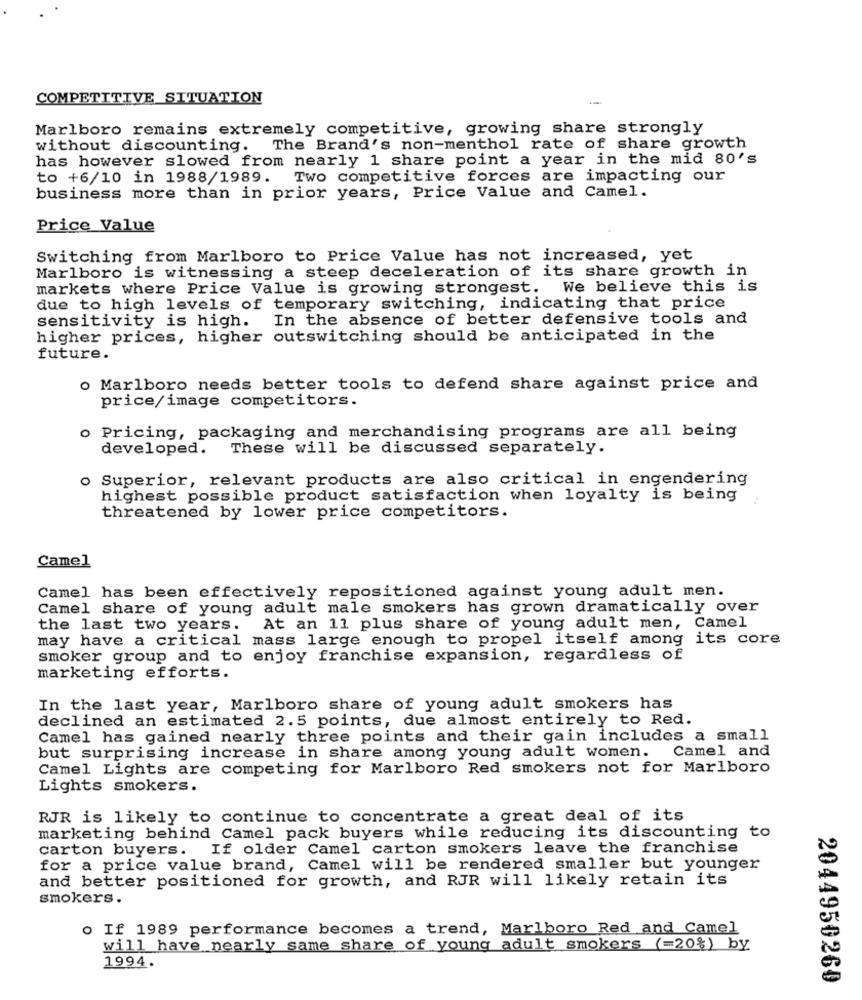
COMPETITIVE SITUATION
Marlboro remains extremely competitive, growing share strongly
without discounting. The Brand's non-menthol rate of share growth
has however slowed from nearly 1 share point a year in the mid 80's
to +6/10 in 1988/1989. Two competitive forces are impacting our
business more than in prior years, Price Value and Camel.
Price Value
Switching from Marlboro to Price Value has not increased, yet
Marlboro is witnessing a steep deceleration of its share growth in
markets where Price Value is growing strongest. We believe this is
due to high levels of temporary switching, indicating that price
sensitivity is high. In the absence of better defensive tools and
higher prices, higher outswitching should be anticipated in the
future.
o Marlboro needs better tools to defend share against price and
price/image competitors.
o Pricing, packaging and merchandising programs are all being
developed.
These will be discussed separately.
o Superior, relevant products are also critical in engendering
highest possible product satisfaction when loyalty is being
threatened by lower price competitors.
Camel
Camel has been effectively repositioned against young adult men.
Camel share of young adult male smokers has grown dramatically over
the last two years.
At an 11 plus share of young adult men, Camel
may have a critical mass large enough to propel itself among its core
smoker group and to enjoy franchise expansion, regardless of
marketing efforts.
In the last year, Marlboro share of young adult smokers has
declined an estimated 2.5 points, due almost entirely to Red.
Camel has gained nearly three points and their gain includes a small
Camel and
but surprising increase in share among young adult women.
Camel Lights are competing for Marlboro Red smokers not for Marlboro
Lights smokers.
RJR is likely to continue to concentrate a great deal of its
marketing behind Camel pack buyers while reducing its discounting to
carton buyers. If older Camel carton smokers leave the franchise
for a price value brand, Camel will be rendered smaller but younger
and better positioned for growth, and RJR will likely retain its
smokers.
o If 1989 performance becomes a trend, Marlboro Red and Camel
will have nearly same share of young adult smokers (=20%) by
1994.
2044950260